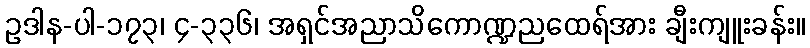
ဥဒါန-ပါ-၁၇၃၊ ၄-၃၃၆၊ အရှင်အညာသိကောဏ္ဍညထေရ်အား ချီးကျူးခန်း။